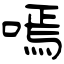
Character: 嘕